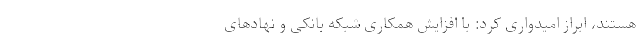
هستند، ابراز امیدواری کرد: با افزایش همکاری شبکه بانکی و نهاد‌های